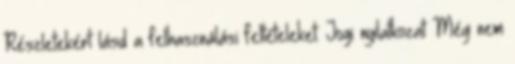
Részletekért lásd a felhasználási feltételeket. Jogi nyilatkozat Még nem